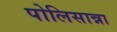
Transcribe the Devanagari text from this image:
पोलिसान्ना